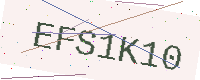
Text: EFS1K10